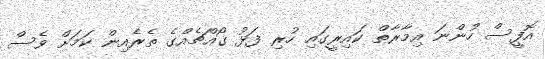
އޮފީސް ހުންނަ އިމާރާތް ކައިރީގައި ހުރި ފަޅު ގޯއްޗެއްގެ ތެރެއިން ކަމަށް ވެސް